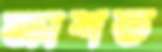
ক্রাশড